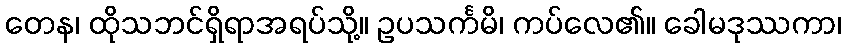
တေန၊ ထိုသဘင်ရှိရာအရပ်သို့။ ဥပသင်္ကမိ၊ ကပ်လေ၏။ ခေါမဒုဿကာ၊